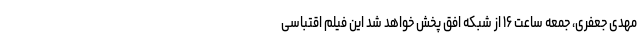
مهدی جعفری، جمعه ساعت ۱۶ از شبکه افق پخش خواهد شد این فیلم اقتباسی